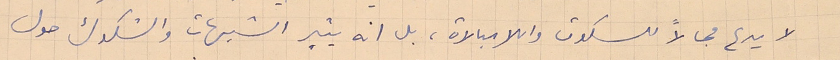
لا يدع مجالاً للسكوت واللامبالاة، بل انه يثير الشبهات والشكوك حول